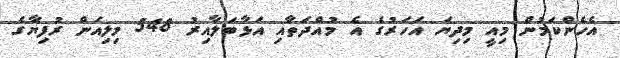
އެހެންކަމުން މިއީ މިދިޔަ އަހަރުގެ އެ މުއްދަތާއި އަޅާބަލާއިރު 548 މިލިއަން ރުފިޔާގެ